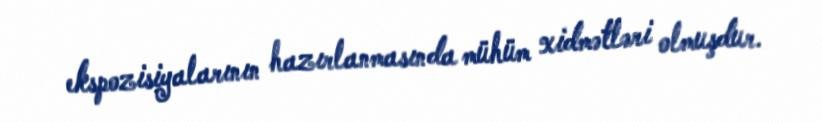
ekspozisiyalarının hazırlanmasında mühüm xidmətləri olmuşdur.